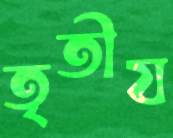
তৃতীয